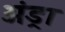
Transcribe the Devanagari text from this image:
अंड्रा